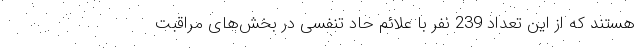
هستند که از این تعداد 239 نفر با علائم حاد تنفسی در بخش‌های مراقبت